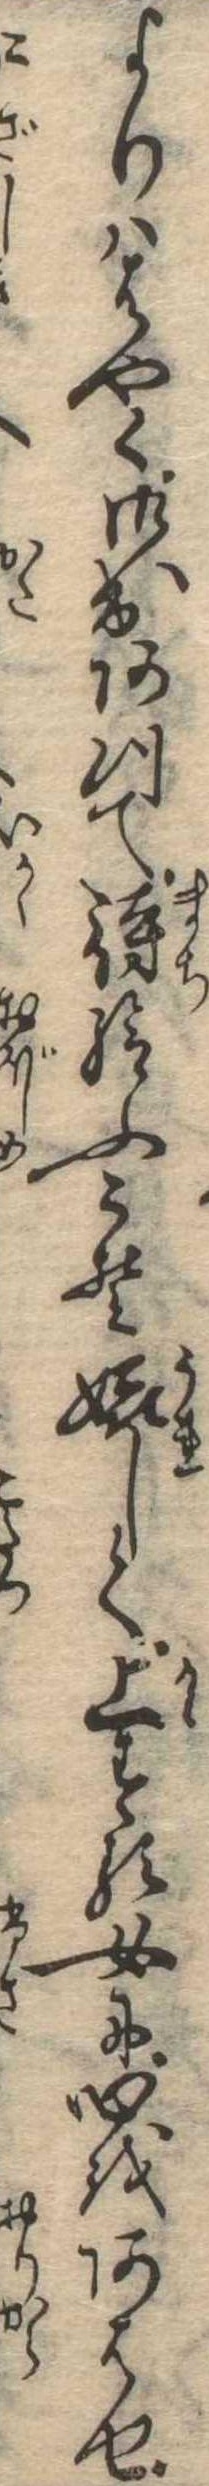
よりははやく御出あつて待給ふこそ嬉しく上する女に心をあはせ